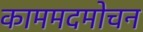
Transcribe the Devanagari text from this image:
काममदमोचन